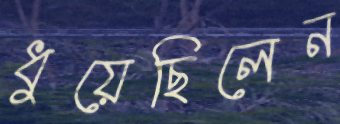
ধুয়েছিলেন